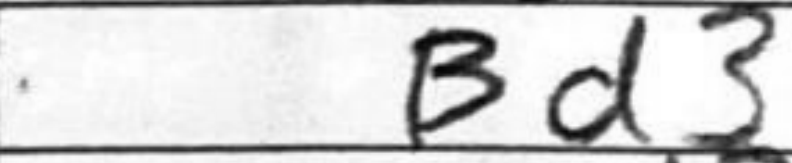
Transcription: Bd3